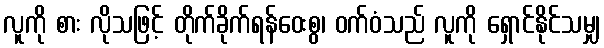
လူကို စား လိုသဖြင့် တိုက်ခိုက်ရန်ဝေးစွ၊ ဝက်ဝံသည် လူကို ရှောင်နိုင်သမျှ